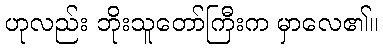
ဟုလည်း ဘိုးသူတော်ကြီးက မှာလေ၏။